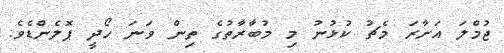
ޖުމްލަ އަށާރަ މެޗު ކުޅުނު މި މުބާރާތުގެ ތިން ވަނަ ހޯދީ ޕޮލެންޑެވެ.